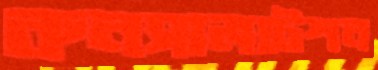
কনসালটেশন